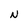
Character: N